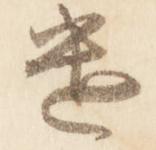
遣